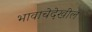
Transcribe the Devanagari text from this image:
भावाचेदेखील